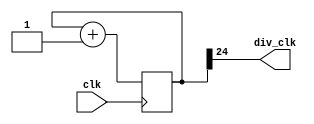
`timescale 1ns / 1ps
//////////////////////////////////////////////////////////////////////////////////
// Company: 
// Engineer: 
// 
// Design Name: 
// Module Name: counter
// Project Name: 
// Target Devices: 
// Tool Versions: 
// Description: 
// 
// Dependencies: 
// 
// Revision:
// Revision 0.01 - File Created
// Additional Comments:
// 
//////////////////////////////////////////////////////////////////////////////////

// Frequency divider by a factor of N

module counter(
    input clk,
    output div_clk 
    );

parameter n=25;

reg [n-1:0] q=0;

always @ (posedge clk)
begin

q<=q+1;

end

assign div_clk=q[n-1];
     
endmodule